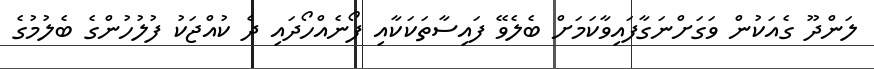
ލަންދޫ ގެއަކުން ވަގަށްނަގާފައިވާކަމަށް ބެލެވޭ ފައިސާތަކަކާއި ފޯނެއްހޯދައި ދެ ކުއްޖަކު ފުލުހުންގެ ބެލުމުގެ